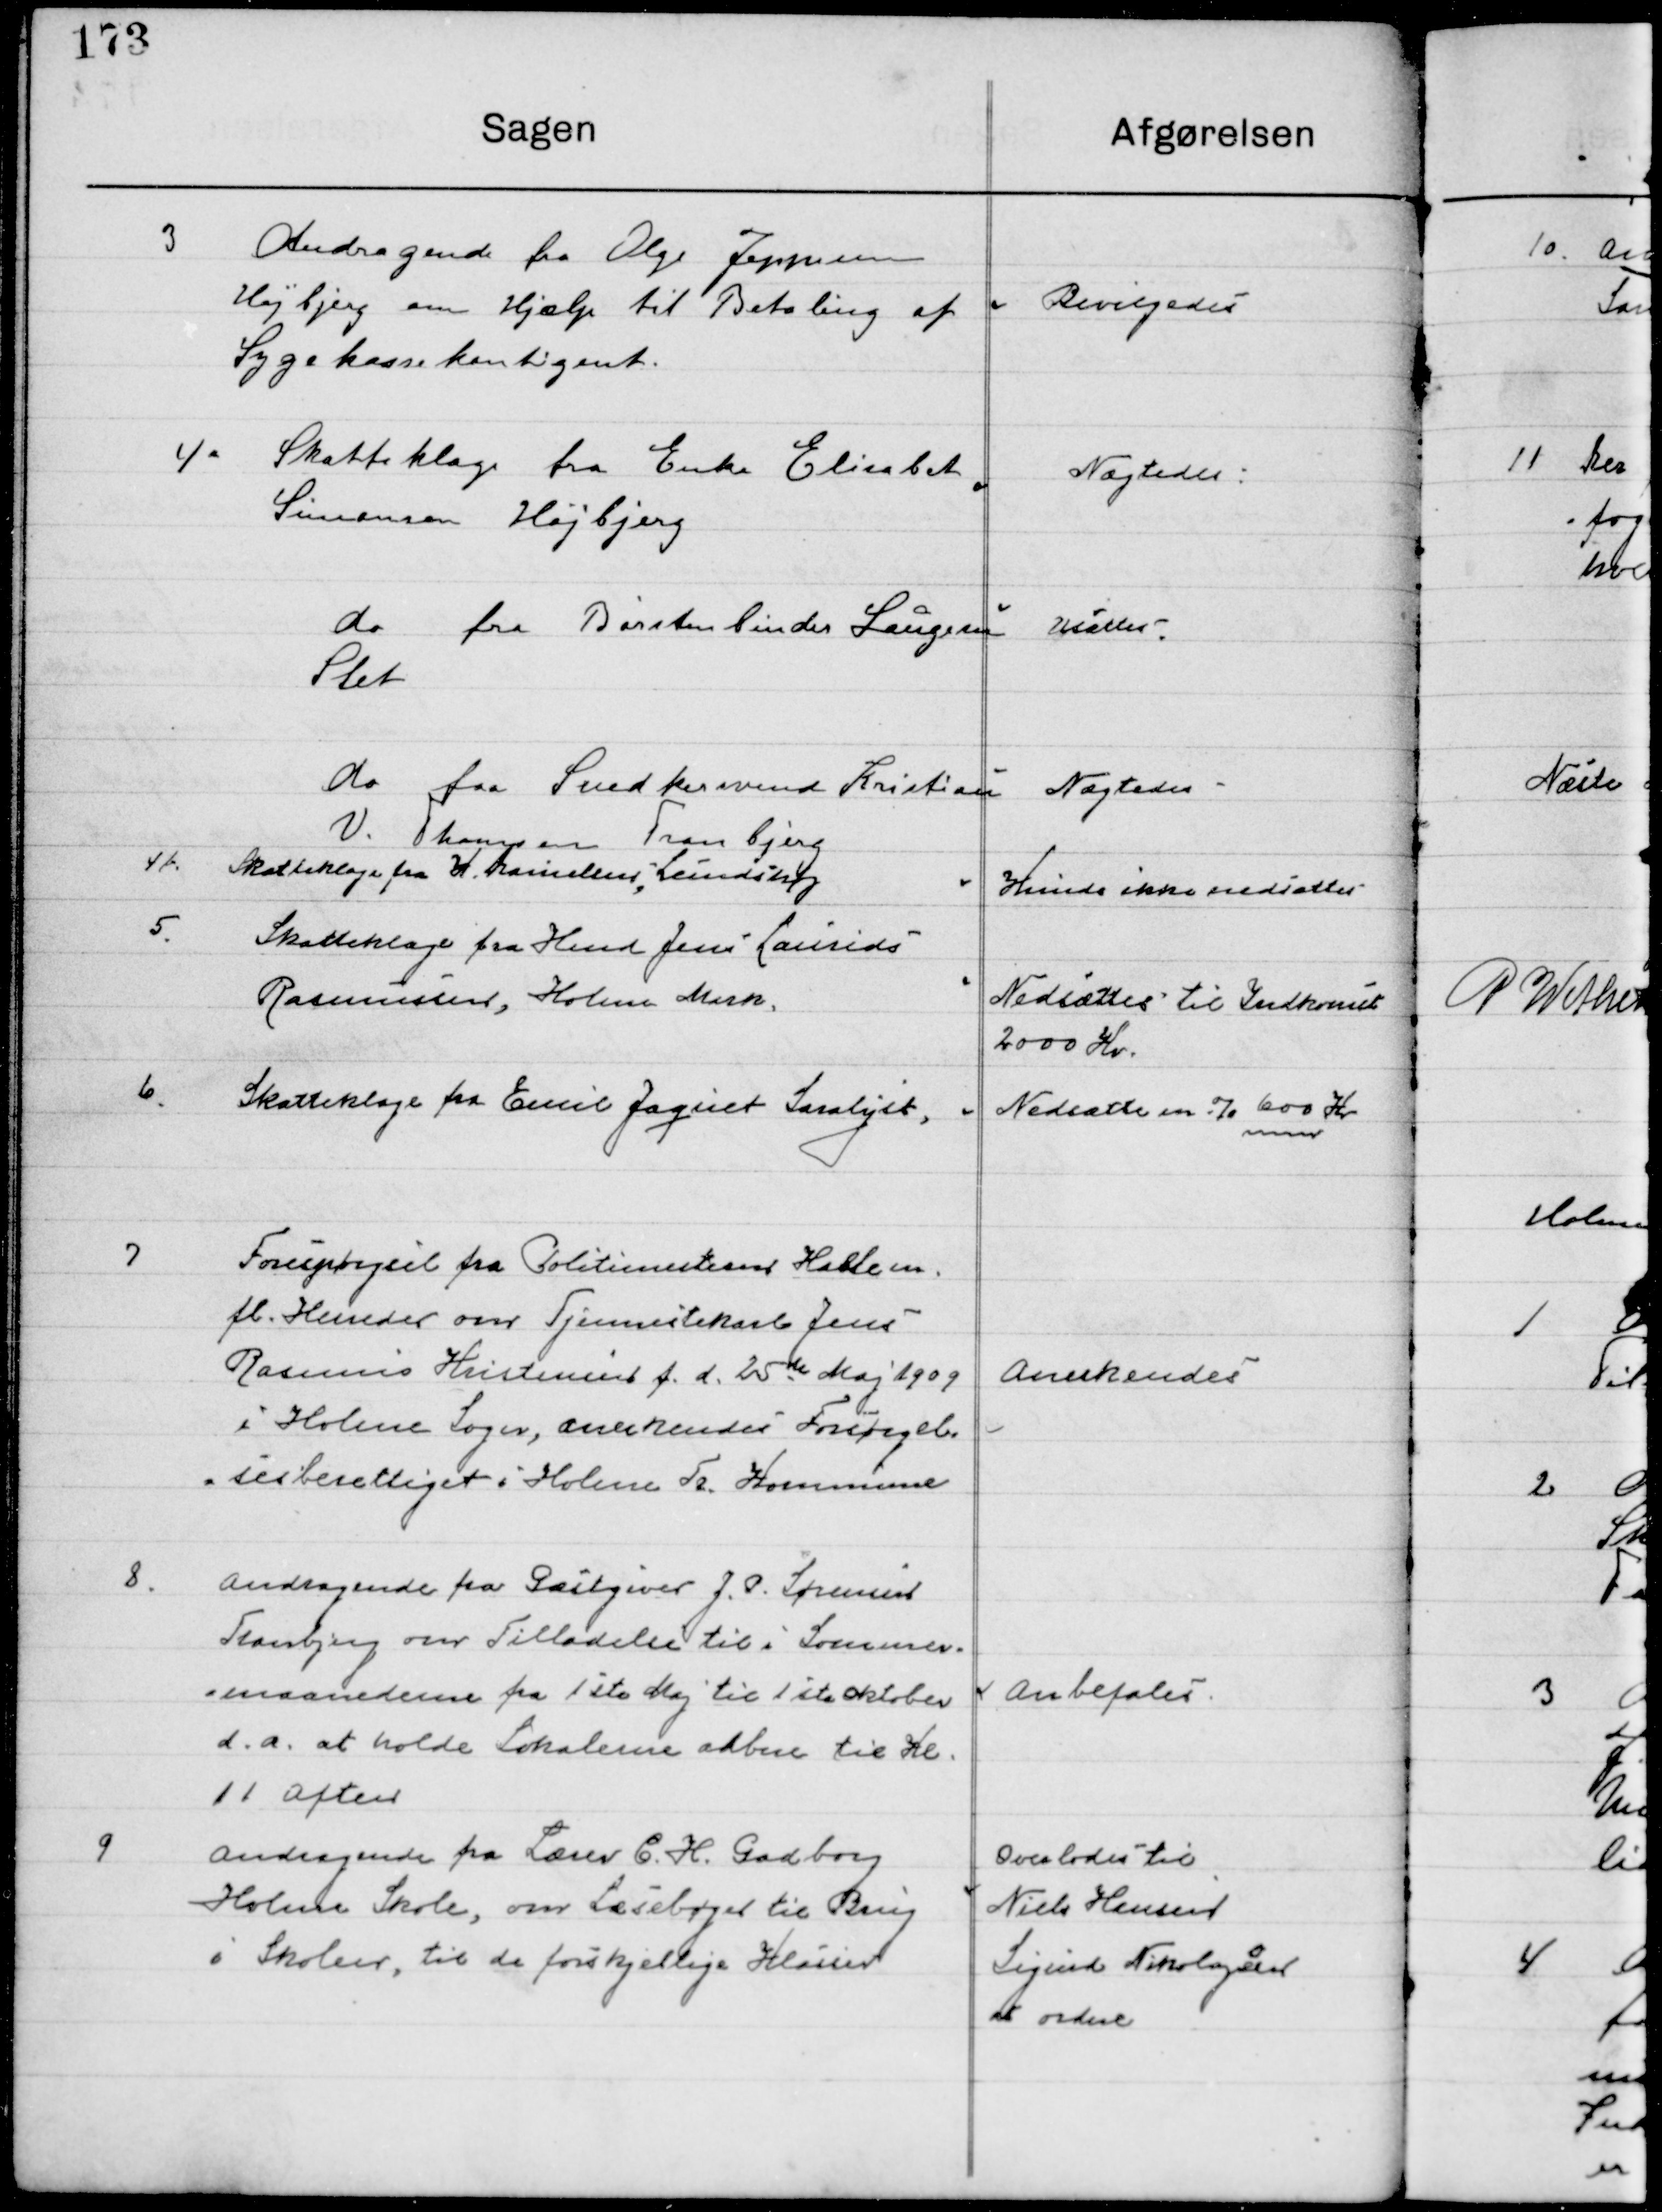
Transskription:
3

Andragende fra Olga Jeppesen
Højbjerg om hjælp til Betaling af 
Sygekassekontingent.

Bevilgedes

4 a

Skatteklage fra Enke Elisabet
Simonsen Højbjerg

Nægtes

Do fra Børstenbinder Lauersen
Slet

Udsattes

Do fra Snedkersvend Kristian
V. Hansen Tranbjerg

Nægtes

4 b

Skatteklage fra K. Danielsen Lundshøj

Kunde ikke nedsættes

5

Skatteklage fra Hmd. Jens Laurits
Rasmussen, Holme Mark

Nedsættes til Indkomst  
2000 Kr.

6

Skatteklage fra Emil Jagnet Saralyst

Nedsættes en % 600 Kr.

7

Forespørgsel fra Politimesteren Hasle m. 
Fl. Herredes om Tjenestekarl Jens
Rasmus Kristensens f. d. 25 de Maj 1909
I Holme Sogn, anerkendes Forsørgel-
sesberettiget i Holme Tr. Kommune.

Anerkendes

8

Andragende fra Gæstgiver J. P. Sørensen
Tranbjerg om Tilladelse til i Sommer-
maanederne fra 1ste Maj til 1. Oktober
d. a. at holde Lokalerne aabne til Kl. 
11 Aften.

Anbefales

9

Andragende fra Lærer C. H. Gadborg
Holme Skole, om Læsebøger til Brug
I Skolen, til de forskellige Klasser

Overlodes til
Niels Hansen
Sigurd Nikolajsen
at ordne